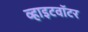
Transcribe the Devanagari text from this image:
व्हाइटवॉटर